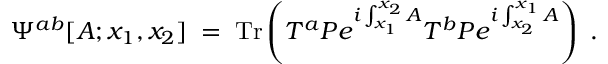
\Psi ^ { a b } [ A ; x _ { 1 } , x _ { 2 } ] \; = \; \mathrm { T r } \left( T ^ { a } { \cal P } e ^ { i \int _ { x _ { 1 } } ^ { x _ { 2 } } A } T ^ { b } { \cal P } e ^ { i \int _ { x _ { 2 } } ^ { x _ { 1 } } A } \right) \; .